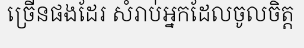
ច្រើនផងដែរ សំរាប់អ្នកដែលចូលចិត្ត